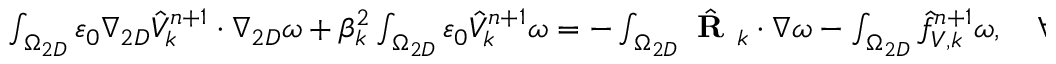
\begin{array} { r l } { \small } & { { } \int _ { \Omega _ { 2 D } } \varepsilon _ { 0 } \nabla _ { 2 D } \hat { V } _ { k } ^ { n + 1 } \cdot \nabla _ { 2 D } \omega + \beta _ { k } ^ { 2 } \int _ { \Omega _ { 2 D } } \varepsilon _ { 0 } \hat { V } _ { k } ^ { n + 1 } \omega = - \int _ { \Omega _ { 2 D } } \hat { \textbf { R } } _ { k } \cdot \nabla \omega - \int _ { \Omega _ { 2 D } } \hat { f } _ { V , k } ^ { n + 1 } \omega , \quad \forall \omega ( x , y ) , } \end{array}